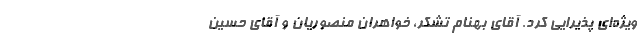
ویژه‌ای پذیرایی کرد. آقای بهنام تشکر، خواهران منصوریان و آقای حسین